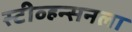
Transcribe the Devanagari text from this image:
स्टीव्हन्सनला